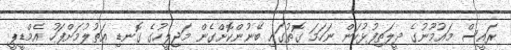
ރައީސް މައުމޫނުގެ ދީލަތިފުޅުކަން ނަހަމަ ގޮތުގައި ބޭނުންކޮށްގެން މަޖިލީހުގެ ގޮނޑި އަތުލުމަށްފަހު އެމްޑީޕީ